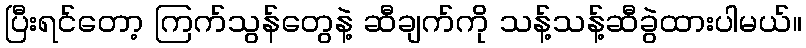
ပြီးရင်တော့ ကြက်သွန်တွေနဲ့ ဆီချက်ကို သန့်သန့်ဆီခွဲထားပါမယ်။